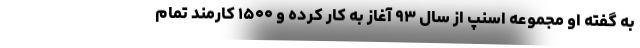
به گفته او مجموعه اسنپ از سال ۹۳ آغاز به کار کرده و ۱۵۰۰ کارمند تمام